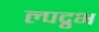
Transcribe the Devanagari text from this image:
ल्पद्रुभ